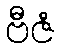
ဗီဇံ